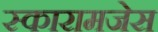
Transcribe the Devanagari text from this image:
स्कारामजेस